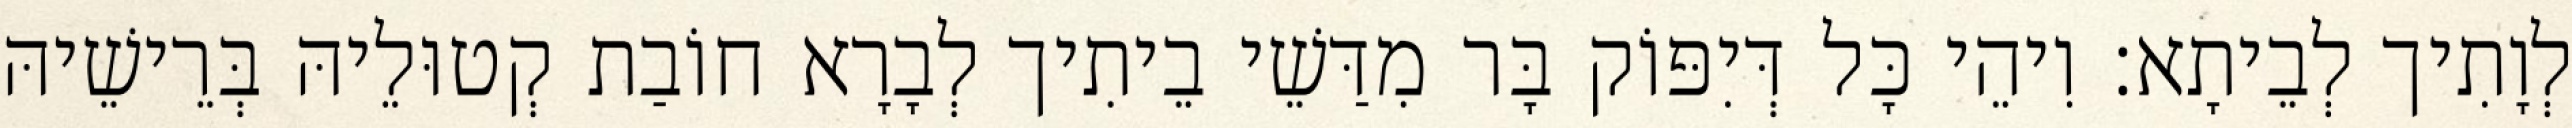
לְוָתִיך לְבֵיתָא׃ וִיהֵי כָּל דְּיִפּוֹק בָּר מִדַּשֵׁי בֵיתִיך לְבָרָא חוֹבַת קְטוּלֵיהּ בְּרֵישֵׁיהּ